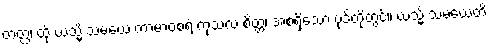
တတ္ထ၊ ထို ယသ္မိံ သမယေ ကာမာဝစရံ ကုသလံ စိတ္တံ၊ အစရှိသော ပုဒ်တို့တွင်။ ယသ္မိံ သမယေတိ